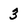
Character: 3